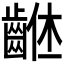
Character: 𪘠